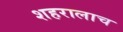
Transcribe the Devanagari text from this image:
शहरालाच